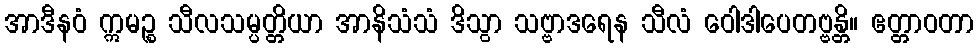
အာဒီနဝံ ဣမဉ္စ သီလသမ္ပတ္တိယာ အာနိသံသံ ဒိသွာ သဗ္ဗာဒရေန သီလံ ဝေါဒါပေတဗ္ဗန္တိ။ ဧတ္တာဝတာ